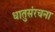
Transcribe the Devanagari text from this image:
धातुसंरचना